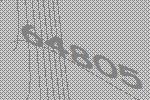
64805